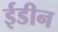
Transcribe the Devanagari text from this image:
ईडीन